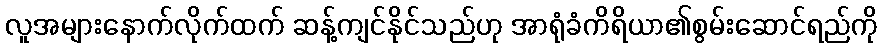
လူအများနောက်လိုက်ထက် ဆန့်ကျင်နိုင်သည်ဟု အာရုံခံကိရိယာ၏စွမ်းဆောင်ရည်ကို